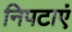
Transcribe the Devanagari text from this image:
निपटाएं